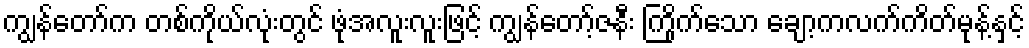
ကျွန်တော်က တစ်ကိုယ်လုံးတွင် ဖုံအလူးလူးဖြင့် ကျွန်တော့်ဇနီး ကြိုက်သော ချော့ကလက်ကိတ်မုန့်နှင့်